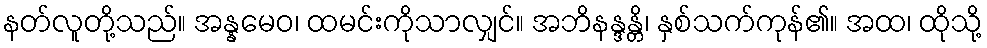
နတ်လူတို့သည်။ အန္နမေဝ၊ ထမင်းကိုသာလျှင်။ အဘိနန္ဒန္တိ၊ နှစ်သက်ကုန်၏။ အထ၊ ထိုသို့